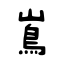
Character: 嶌